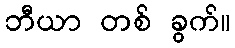
ဘီယာ တစ် ခွက်။